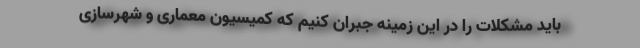
باید مشکلات را در این زمینه جبران کنیم که کمیسیون معماری و شهرسازی